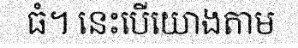
ធំ។ នេះបើយោងតាម